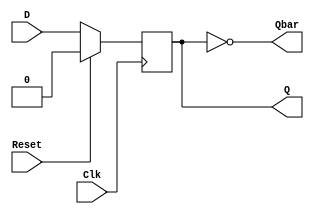
`timescale 1ns / 1ps
//////////////////////////////////////////////////////////////////////////////////
// Company: 
// Engineer: 
// 
// Design Name: 
// Module Name:    ff 
// Project Name: 
// Target Devices: 
// Tool versions: 
// Description: 
//
// Dependencies: 
//
// Revision: 
// Revision 0.01 - File Created
// Additional Comments: 
//
//////////////////////////////////////////////////////////////////////////////////
module DFF( Q,

  Qbar,

  D,

  Clk,

  Reset

    );

output  reg  Q; 

output   Qbar; 

input   D, 

  Clk, 

  Reset; 

assign Qbar = ~Q; 

always @(posedge Clk) 

begin 

 if (Reset == 1'b1) //If not at reset 

  Q = 1'b0;

 else 

  Q = D;

end 

endmodule